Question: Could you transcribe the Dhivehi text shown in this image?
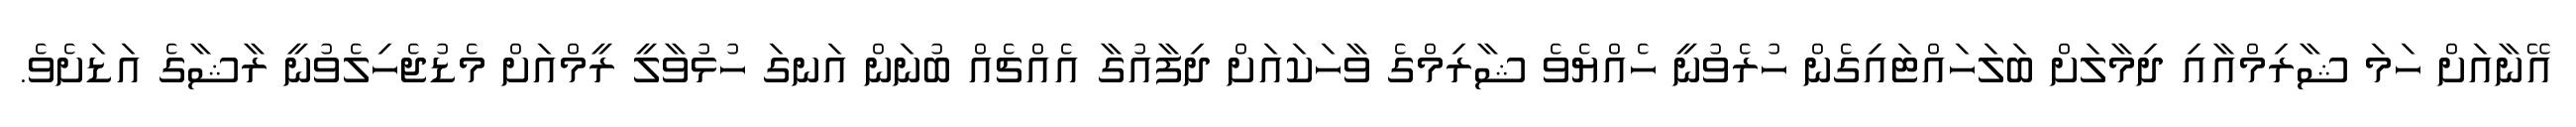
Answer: އޭނާއަށް ހަމަ ޝާރިމްއާއި ދިމާލަށް ބަލަހައްޓައިގެން ހުރެވުނީ ހެއްޔެވެ ޝާރިމްގެ ވާހަކައަށް ދިފާއުގާ އެއްޗެއް ބުނަން އަނގަ ހުޅުވާލީ ރީމްއަށް މެޑުޖެހިލެވުނީ ރާޝާގެ އަޑަށެވެ.